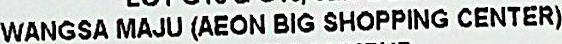
WANGSA MAJU (AEON BIG SHOPPING CENTER)